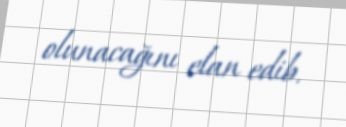
olunacağını elan edib.